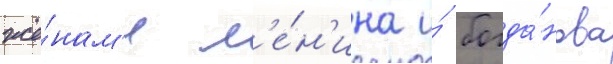
жё́нам'и л'е́н'ина и́ богда́нова